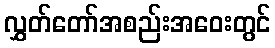
လွှတ်တော်အစည်းအဝေးတွင်